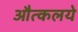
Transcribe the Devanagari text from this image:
औत्कलये